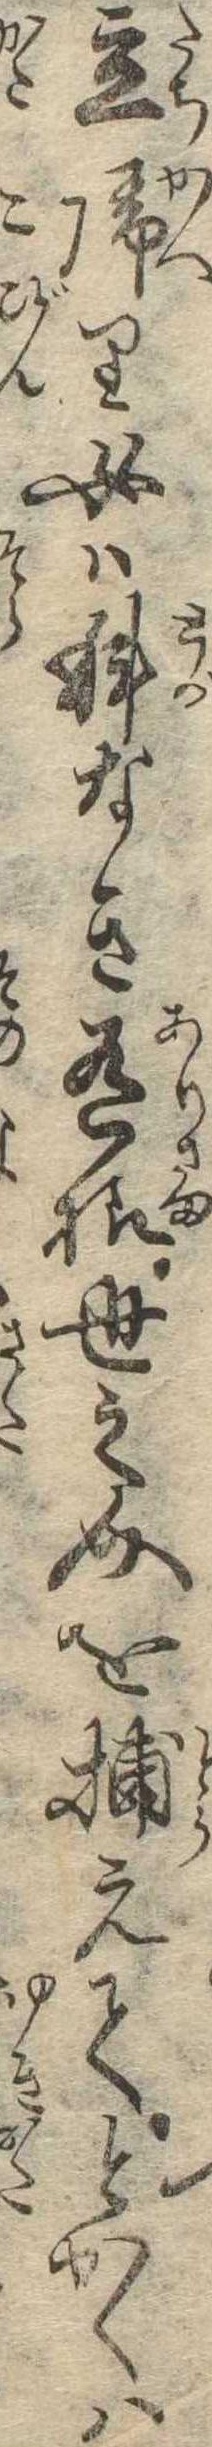
立帰り女は科なき有様世之介を捕えてとかくは